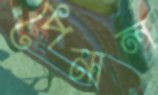
পেনাল